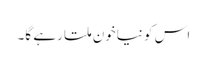
اس کو نیاخون ملتا رہے گا۔